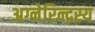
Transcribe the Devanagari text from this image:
अग्नेरिन्द्रस्य